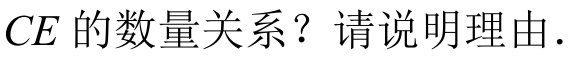
\(CE\)的数量关系？请说明理由.